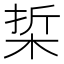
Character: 梊